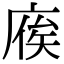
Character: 𢉡